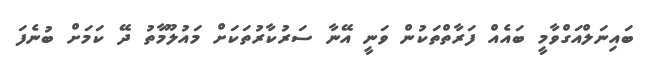
ބައިނަލްއަގްވާމީ ބައެއް ފަރާތްތަކުން ވަނީ އޭނާ ސަރުކާރުތަކަށް މައުލޫމާތު ދޭ ކަަމަށް ބުނެފަ